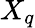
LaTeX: X_{q}